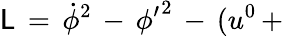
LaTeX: {\cal\mathsf{L}}\, =\, \dot{{\phi}}^{2}\, -\, {\phi^{\prime}}^{2}\, -\, (u^{0}\, +